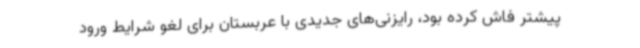
پیشتر فاش کرده بود، رایزنی‌های جدیدی با عربستان برای لغو شرایط ورود